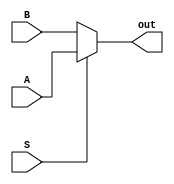
module Mux2to1_MULTI(A,B,S,out);
input [64:0] A,B;
input S;
output [64:0] out;
assign out = S?A:B;  
endmodule